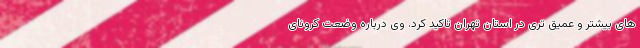
های بیشتر و عمیق تری در استان تهران تاکید کرد. وی درباره وضعت کرونای